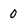
Character: 0